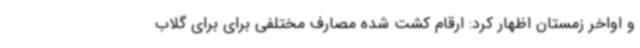
و اواخر زمستان اظهار کرد: ارقام کشت شده مصارف مختلفی برای برای گلاب